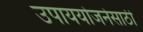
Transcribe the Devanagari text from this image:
उपाययोजनेसाठी